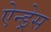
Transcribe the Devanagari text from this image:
ऐन्‍ड्रेस